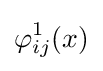
\varphi _{ij}^{1}(x)